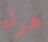
هراء